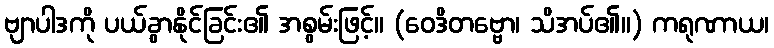
ဗျာပါဒကို ပယ်ခွာနိုင်ခြင်း၏ အစွမ်းဖြင့်။ (ဝေဒိတဗ္ဗော၊ သိအပ်၏။) ကရုဏာယ၊